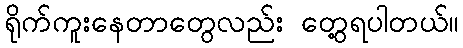
ရိုက်ကူးနေတာတွေလည်း တွေ့ရပါတယ်။